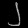
Digit: ၂